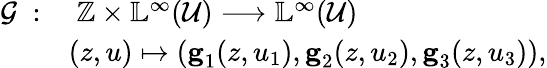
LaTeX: \begin{array}{rl}{\mathcal{G}\; :}&{\; \mathbb{Z}\times\mathbb{L}^{\infty}(\mathcal{U})\longrightarrow\mathbb{L}^{\infty}(\mathcal{U})}\\ &{(z,u)\mapsto(\textbf{g}_{1}(z,u_{1}),\textbf{g}_{2}(z,u_{2}),\textbf{g}_{3}(z,u_{3})),}\end{array}